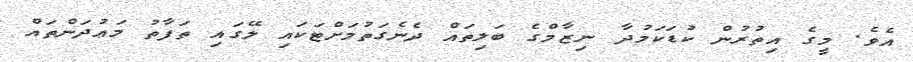
އެވެ. މީގެ އިތުރުން ކުޑަކަމުދާ ނިޒާމްގެ ބަލިތައް ދެނެގަތުމަށްޓަކައި ލޭގައި ތަފާތު މަޢުދަންތައް